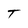
Character: T